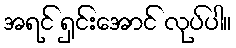
အရင် ရှင်းအောင် လုပ်ပါ။